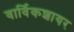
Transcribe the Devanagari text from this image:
वार्विकशायर